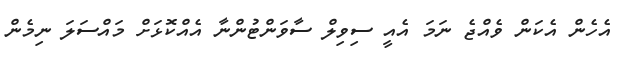
އެހެން އެކަން ވެއްޖެ ނަމަ އެއީ ސިވިލް ސާވަންޓުންނާ އެއްކޮޅަށް މައްސަލަ ނިމެން